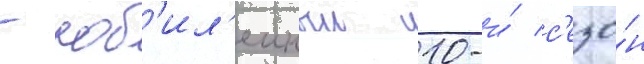
- юб'ил'еиныи 10-и́ с'езо́н